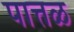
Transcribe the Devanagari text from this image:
पात्तळ